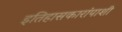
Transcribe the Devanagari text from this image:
इतिहासकारांपाशी